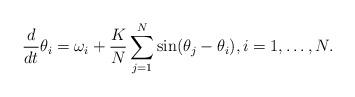
LaTeX: \begin{align*}\frac{d}{dt}\theta_i=\omega_i+\frac{K}{N}\sum_{j=1}^N\sin(\theta_j-\theta_i), i=1,\ldots,N. \end{align*}